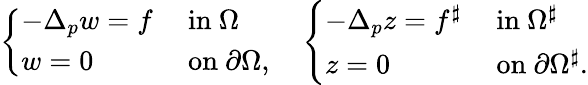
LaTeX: \left\{ \begin{array}{ll}{-\Delta_{p}w=f}&{\mathrm{~in~}\Omega}\\ {w=0}&{\mathrm{~on~}\partial\Omega,}\end{array}\right.\quad\left\{ \begin{array}{ll}{-\Delta_{p}z=f^{\sharp}}&{\mathrm{~in~}\Omega^{\sharp}}\\ {z=0}&{\mathrm{~on~}\partial\Omega^{\sharp}.}\end{array}\right.